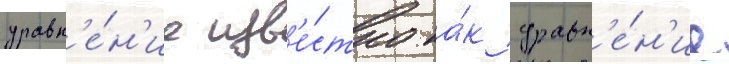
уравн'е́н'ие изв'е́стно ка́к уравн'е́н'ие